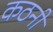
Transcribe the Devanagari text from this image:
कठनी